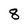
Character: 8